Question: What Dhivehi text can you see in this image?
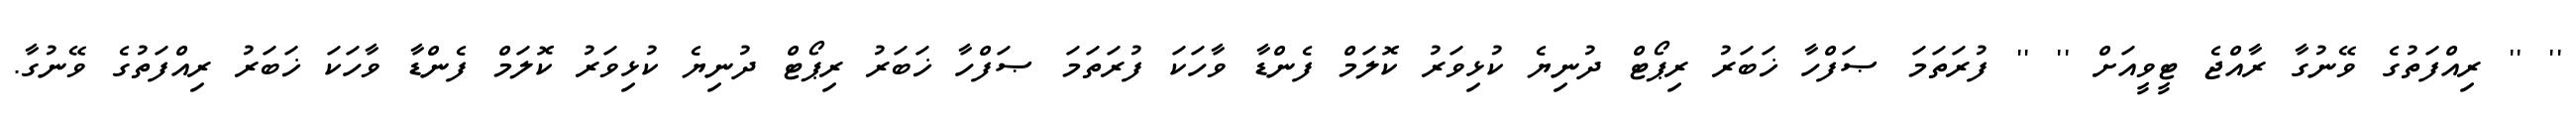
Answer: '' '' ރިއްފަތުގެ ވޭނުގާ ރާއްޖެ ޓީވީއަށް '' '' ފުރަތަމަ ޞަފްހާ ޚަބަރު ރިޕޯޓް ދުނިޔެ ކުޅިވަރު ކޮލަމް ފެންޑާ ވާހަކަ ފުރަތަމަ ޞަފްހާ ޚަބަރު ރިޕޯޓް ދުނިޔެ ކުޅިވަރު ކޮލަމް ފެންޑާ ވާހަކަ ޚަބަރު ރިއްފަތުގެ ވޭނުގާ.